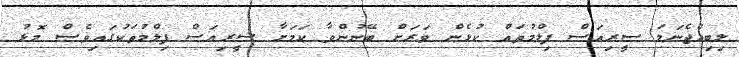
ލިބިއްޖެނަމަ ސީރިއަސް ފިލްމުތައް ކުޅެން ވަރަށް ބޭނުންވާ ކަމަށާ ސީރިއަސް ފިލްމުތަކުގައިވެސް މޮޅު